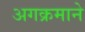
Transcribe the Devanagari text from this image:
अगक्रमाने